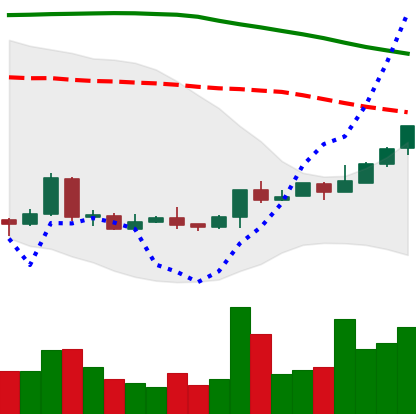
Ticker: LTC-USD
Chart end date: 2018-04-20
Forward return: -6.926%
Label: down_5_7